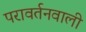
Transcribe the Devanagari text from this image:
परावर्तनवाली